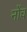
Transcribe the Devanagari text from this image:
नोंच